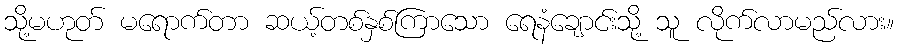
သို့မဟုတ် မရောက်တာ ဆယ့်တစ်နှစ်ကြာသော ရေနံချောင်းသို့ သူ လိုက်လာမည်လား။